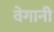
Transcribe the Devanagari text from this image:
वेगानी